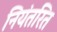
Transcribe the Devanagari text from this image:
नियंतरित